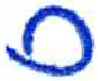
אות: ס